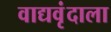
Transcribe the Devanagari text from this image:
वाद्यवृंदाला